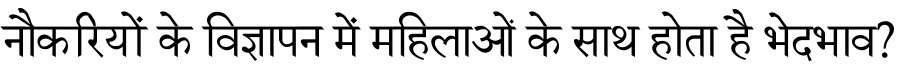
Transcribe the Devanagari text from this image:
नौकरियों के विज्ञापन में महिलाओं के साथ होता है भेदभाव?